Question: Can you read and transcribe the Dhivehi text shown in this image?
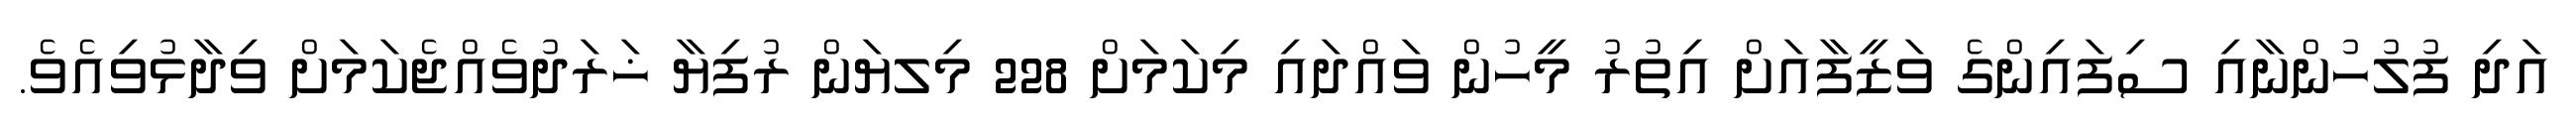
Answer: އަދި ފުލުހުންނާއި ސިފައިންގެ ވަޒީފާއަށް އިތުރު މީހުން ވައްދައި މިކަމަށް 228 މިލޔަން ރުފިޔާ ޚަރަދުވެއްޖެކަމަށް ވިދާޅުވިއެވެ.